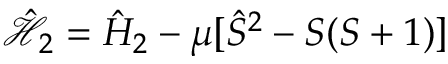
\hat { \mathcal { H } } _ { 2 } = \hat { H } _ { 2 } - \mu [ \hat { S } ^ { 2 } - S ( S + 1 ) ]